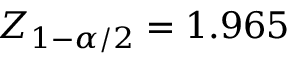
Z _ { 1 - \alpha / 2 } = 1 . 9 6 5